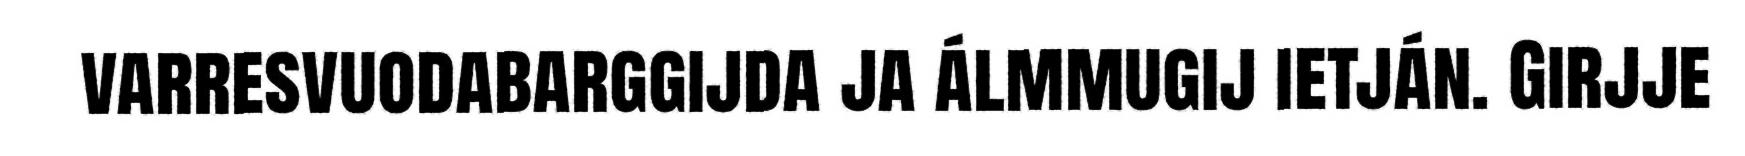
varresvuodabarggijda ja álmmugij ietján. Girjje